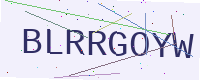
Text: BLRRGOYW